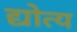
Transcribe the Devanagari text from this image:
द्योत्य